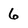
Character: 6